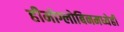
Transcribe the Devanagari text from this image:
हीमोग्लोबिनमध्येही